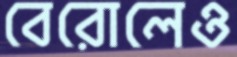
বেরোলেও